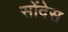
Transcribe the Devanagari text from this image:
सोंदेस